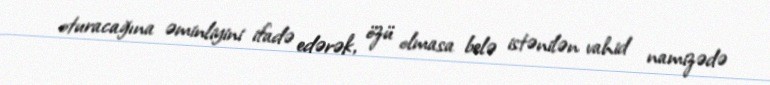
oturacağına əminliyini ifadə edərək, özü olmasa belə istənilən vahid namizədə